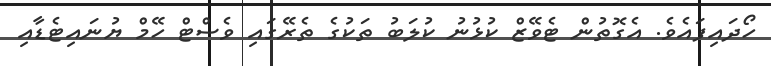
ހޯދައިފައެވެ. އެގޮތުން ޓެވޭޒް ކުޅުނު ކުލަބު ތަކުގެ ތެރޭގައި ވެސްޓް ހޭމް ޔުނައިޓެޑާއި